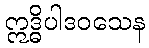
ဣဒ္ဓိပါဒဝသေန